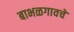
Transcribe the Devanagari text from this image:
बाभळगावचे